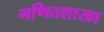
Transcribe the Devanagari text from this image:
गणितशाखा